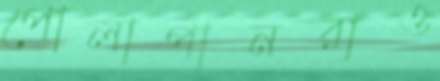
পোলাপানরাও